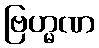
ဗြဟ္မဏ